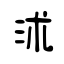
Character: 沭